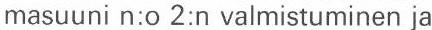
masuuni n:o 2:n valmistuminen ja